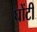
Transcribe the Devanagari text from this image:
घोंटी